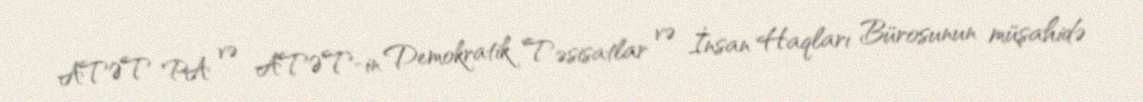
ATƏT PA və ATƏT-in Demokratik Təsisatlar və İnsan Haqları Bürosunun müşahidə